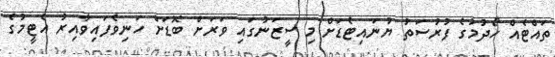
ތައްޓެއް ހޯދުމުގެ ފުރުސަތު ޔުނައިޓެޑަށް މި ސީޒަނުގައި ވަރަށް ބޮޑަށް ހަނިވެފައިވާއިރު އެޓީމުގެ